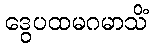
ဒွေပထမဂမာသိံ